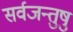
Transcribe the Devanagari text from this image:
सर्वजन्तुषु